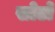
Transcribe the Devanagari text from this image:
सोर्टो